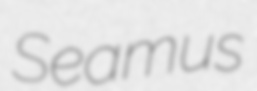
Seamus